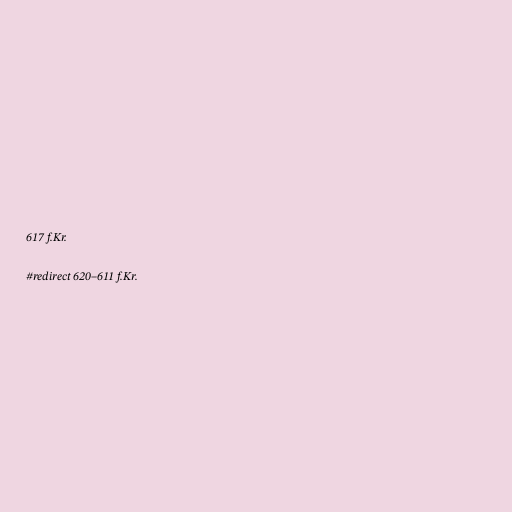
617 f.Kr.

#redirect 620–611 f.Kr.